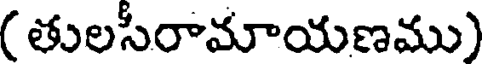
( తులసీరామాయణము)